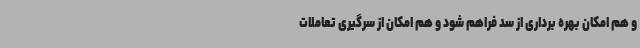
و هم امکان بهره برداری از سد فراهم شود و هم امکان از سرگیری تعاملات